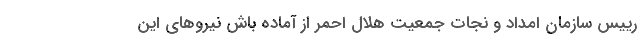
رییس سازمان امداد و نجات جمعیت هلال احمر از آماده باش نیروهای این